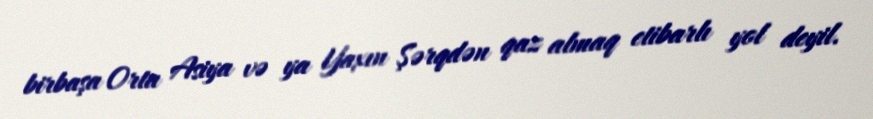
birbaşa Orta Asiya və ya Yaxın Şərqdən qaz almaq etibarlı yol deyil.